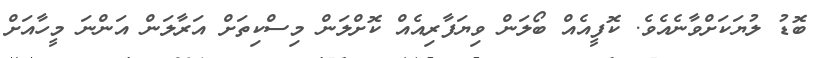
ބޮޑު ލުޔަކަށްވާނެއެވެ. ކޮފީއެއް ބޯލަން ވިޔަފާރިއެއް ކޮށްލަން މިސްކިތަށް އަރާލަން އަންނަ މީހާއަށް